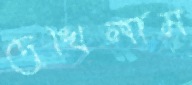
দেখিলাম